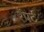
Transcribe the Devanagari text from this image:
रैंपर्ट